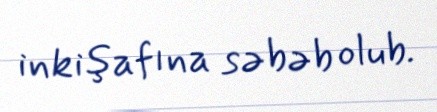
inkişafına səbəb olub.